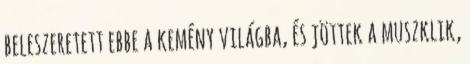
beleszeretett ebbe a kemény világba, és jöttek a muszklik,